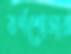
বর্ণশোভার